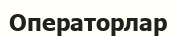
Операторлар